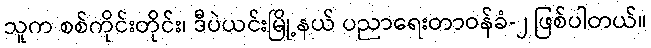
သူက စစ်ကိုင်းတိုင်း၊ ဒီပဲယင်းမြို့နယ် ပညာရေးတာဝန်ခံ-၂ ဖြစ်ပါတယ်။